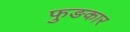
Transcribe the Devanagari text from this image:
फुङकार